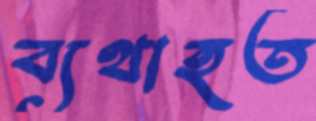
ব্যথাহত